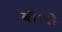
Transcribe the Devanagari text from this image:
बीलों